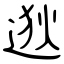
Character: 逖